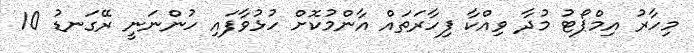
މިހާރު އިމްޕޯޓު މުދާ ވިއްކާ ފިހާރަތައް އާންމުކޮށް ހުޅުވާފައި ހުންނަނީ ރޭގަނޑު 10